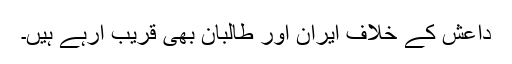
داعش کے خلاف ایران اور طالبان بھی قریب آرہے ہیں۔